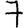
Digit: 7